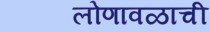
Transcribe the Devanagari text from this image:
लोणावळाची